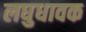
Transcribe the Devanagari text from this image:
लघुधावक